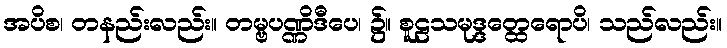
အပိစ၊ တနည်းလည်း။ တမ္ဗပဏ္ဏိဒီပေ၊ ၌။ စူဠသမုဒ္ဒတ္ထေရောပိ၊ သည်လည်း။